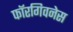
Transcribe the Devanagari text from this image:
फॉरगिवनेस